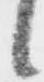
候